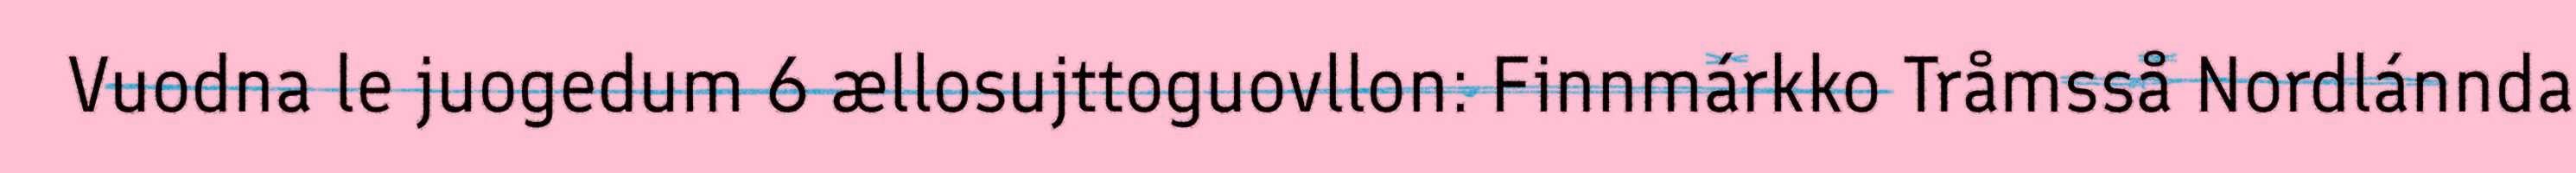
Vuodna le juogedum 6 ællosujttoguovllon: Finnmárkko Tråmsså Nordlánnda